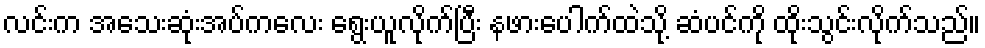
လင်းက အသေးဆုံးအပ်ကလေး ရွေးယူလိုက်ပြီး နဖားပေါက်ထဲသို့ ဆံပင်ကို ထိုးသွင်းလိုက်သည်။